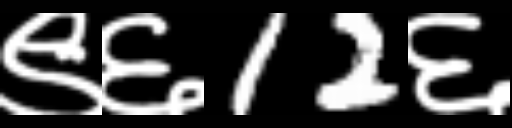
Text: ९६12६